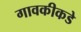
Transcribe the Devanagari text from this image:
गावकीकडे